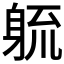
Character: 𮜱